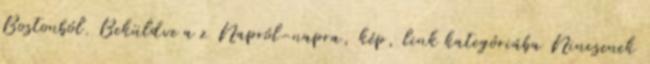
Bostonból. Beküldve a z Napról-napra, kép, link kategóriába Nincsenek